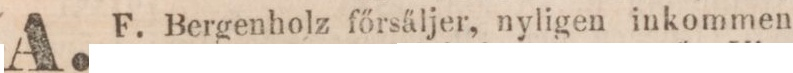
A. F. Bergenholz főrsäljer, nyligen inkommen